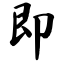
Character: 即